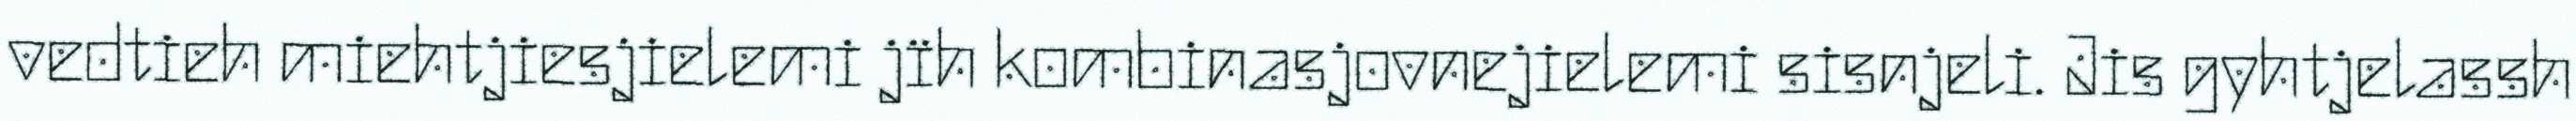
vedtieh miehtjiesjielemi jïh kombinasjovnejielemi sisnjeli. Jis gyhtjelassh